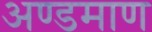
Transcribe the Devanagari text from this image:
अण्डमाण